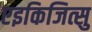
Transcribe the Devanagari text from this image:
एइकिजित्सु